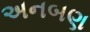
અનબણ